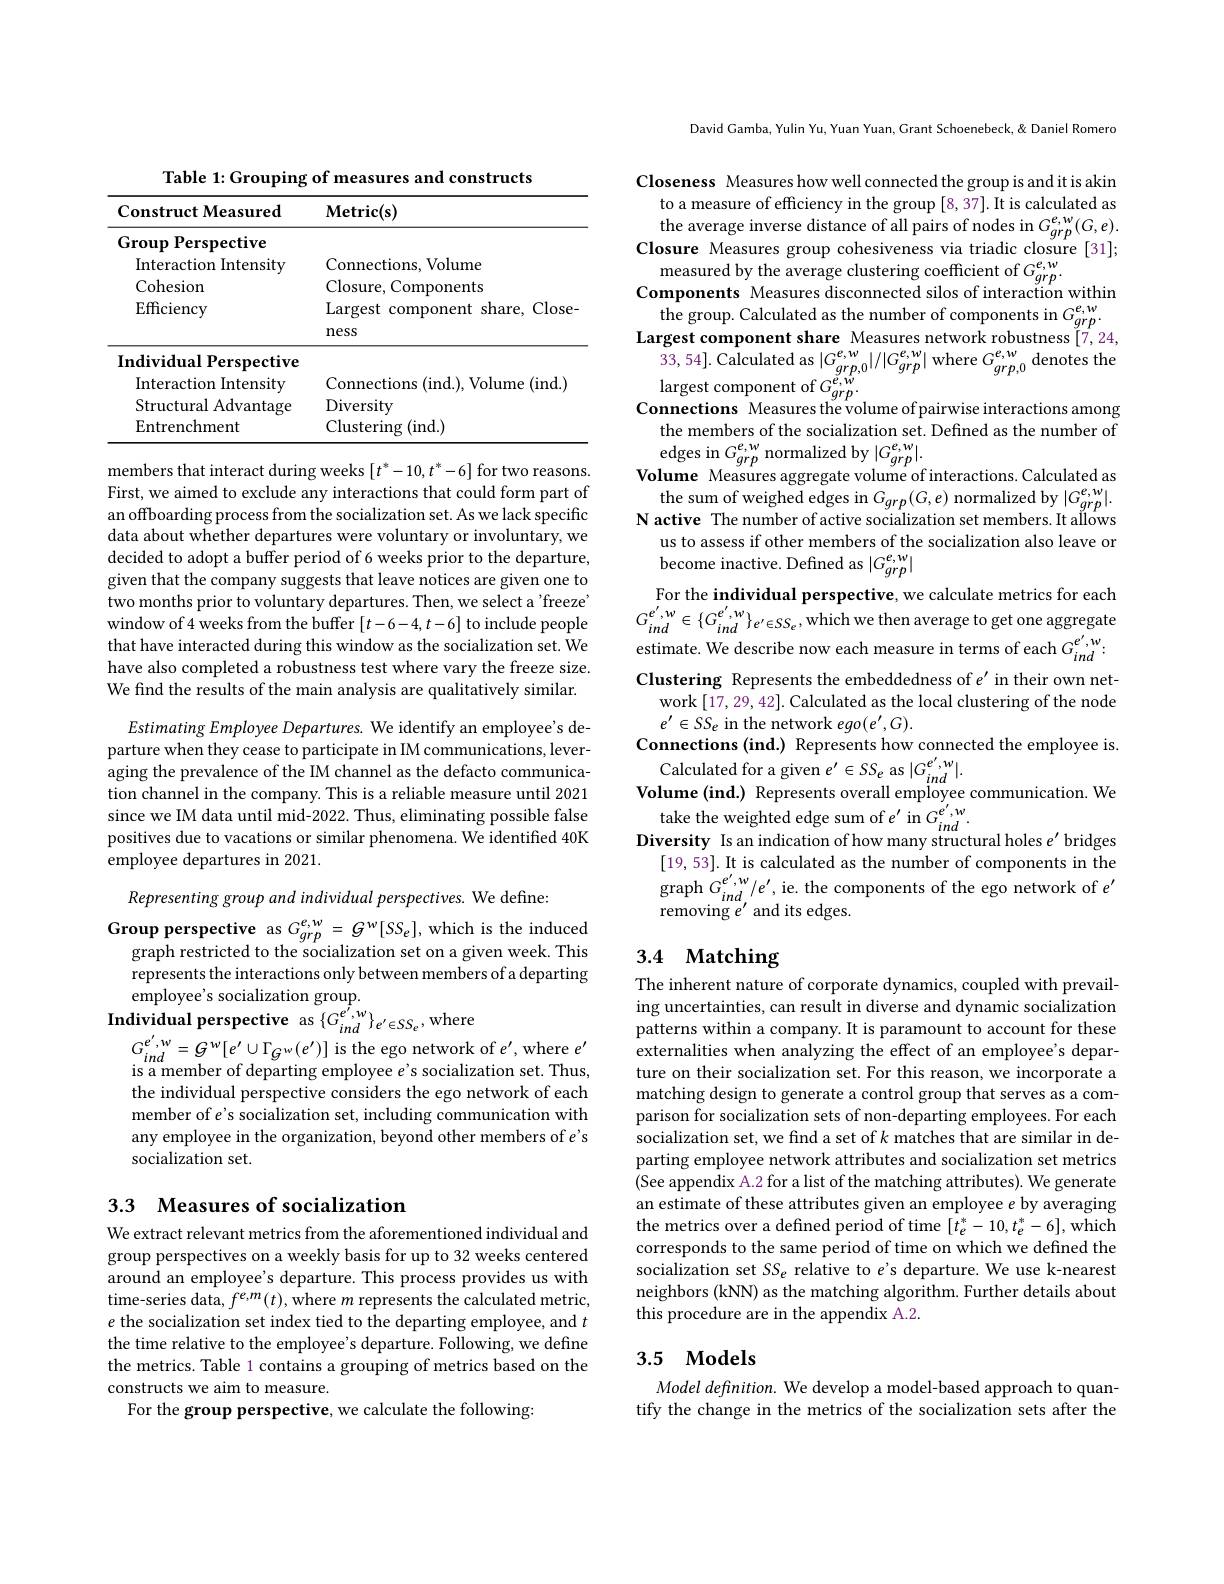
Table 1: Grouping of measures and constructs
<table>
	<tbody>
		<tr>
			<th>Construct Measured</th>
			<th>$\mathbf{Metric(s)}$</th>
		</tr>
		<tr>
			<td>Group Perspective 1</td>
			<td> </td>
		</tr>
		<tr>
			<td>Interaction Intensity</td>
			<td>Connections, Volume</td>
		</tr>
		<tr>
			<td>Cohesion</td>
			<td>Closure, $C$ Components</td>
		</tr>
		<tr>
			<td>$\operatorname{Efficiency}$</td>
			<td>Largest component share, Close ness</td>
		</tr>
		<tr>
			<td>Individual Perspective</td>
			<td> </td>
		</tr>
		<tr>
			<td>Interaction Intensity</td>
			<td>Connections (ind.), Volume (ind.)</td>
		</tr>
		<tr>
			<td>Structural Advantage</td>
			<td>Diversity</td>
		</tr>
		<tr>
			<td>Entrenchment</td>
			<td>Clustering ( ind. ) </td>
		</tr>
	</tbody>
</table>

members that interact during weeks $[t^*-10,t^*-6]$ for two reasons. First, we aimed to exclude any interactions that could form part of an offboarding process from the socialization set. As we lack specific data about whether departures were voluntary or involuntary, we decided to adopt a buffer period of 6 weeks prior to the departure, given that the company suggests that leave notices are given one to two months prior to voluntary departures. Then, we select a 'freeze' window of4 weeks from the buffer $[t-6-4,t-6]$ to include people that have interacted during this window as the socialization set. We have also completed a robustness test where vary the freeze size. We find the results of the main analysis are qualitatively similar.

EstimatingEmployee Departures. We identify an employee's departure when they cease to participate in IM communications, leveraging the prevalence of the IM channel as the defacto communication channel in the company. This is a reliable measure until 2021 since we IM data until mid-2022. Thus, eliminating possible false positives due to vacations or similar phenomena. We identified 40K employee departures in 2021.

Representing group and individual perspectives. We define:

Group perspective as $G_{grp}^{e,w}=G^{w}[SS_{e}]$,which is the induced
graph restricted to the socialization set on a given week. This represents the interactions only between members of a departing employee's socialization group.
Individual perspective as $\{G_{ind}^{e^{\prime},w}\}_{e^{\prime}\in SS_{e}}$,where

$G_{ind}^{e^{\prime},w}=G^{w}[e^{\prime}\cup\Gamma_{G^{w}}(e^{\prime})]$ is the ego network of $e^\prime$,where $e^\prime$ is a member of departing employee $e^{\prime}$s socialization set. Thus, the individual perspective considers the ego network of each member of $e^{\prime}$s socialization set, including communication with any employee in the organization, beyond other members of $e^{\prime}$s socialization set.

## 3.3 Measures of socialization

We extract relevant metrics from the aforementioned individual and group perspectives on a weekly basis for up to 32 weeks centered around an employee's departure. This process provides us with time-series data, $f^{e,m}(t)$,where $m$ represents the calculated metric, $e$ the socialization set index tied to the departing employee, and $t$ the time relative to the employee's departure. Following, we define the metrics. Table 1 contains a grouping of metrics based on the constructs we aim to measure.
For the group perspective, we calculate the following:

David Gamba, Yulin Yu, Yuan Yuan, Grant Schoenebeck, & Daniel Romera

Closeness Measures how well connected the group is and it is akin
to a measure of efficiency in the group [8,37]. It is calculated as the average inverse distance of all pairs of nodes in $G_{grp}^{e,w}(G,e).$Closure Measures group cohesiveness via triadic closure [31]; $\begin{array}{c}\text{measured by the average clustering coefficient of }G_{grp}^{e,w}.\\\textbf{Components Measures disconnected silos of interaction within}\end{array}$ the group. Calculated as the number of components in $G_{grp}^{e,w}.$Largest component share Measures network robustness [7,24,33,54]. Calculated as $|G_{grp,0}^{e,w}|/|G_{grp}^{e,w}|$ where $G_{grp,0}^{e,w}$ denotes the largest component of $G_{grp}^{e,}$
the members of the socialization set. Defined as the number of
edges in $G_{grp}^{e,w}$ normalized by $|G_{grp}^{e,w}|.$
Volume Measures aggregate volume of interactions. Calculated as
the sum of weighed edges in $G_{grp}(G,e)$ normalized by $|G_{grp}^{e,w}|.$ N active The number of active socialization set members. It allows
us to assess if other members of the socialization also leave or
become inactive. Defined as $|G_grp^{e,w}|$
For the individual perspective, we calculate metrics for each $G_{ind}^{e^{\prime,w}\in\{G_{ind}^{e^{\prime},w}\}_{e^{\prime}\in SS_{e}},\mathrm{which~we~then~average~to~get~one~aggregate}}$ estimate. We describe now each measure in terms of each $G_ind^{e^{\prime},w}$ Clustering Represents the embeddedness of $e^{\prime}$ in their own net-
work [17,29,42]. Calculated as the local clustering of the node
$e^{\prime}\in SS_{e}$ in the network $ego(e^{\prime},G).$
Connections (ind.) Represents how connected the employee is
$Calculatedforagiven~e^{\prime}\in SS_{e}$ as$|G_ind^{e^{\prime},w}|.$
Volume (ind.) Represents overall employee communication. We $\begin{array}{c}\text{take the weighted edge sum of }e^{\prime}\mathrm{~in~}G_{ind}^{e^{\prime},w}.\\\textbf{Diversity Is an indication of how many structural holes }e^{\prime}\mathrm{~bridges}\end{array}$
[19,53]. It is calculated as the number of components in the graph $G_{ind}^{e^{\prime , w}}/ e^{\prime }$,ie. the components of the ego network of $e^{\prime }$ removing $e^{\prime }$ and its edges.
3.4 Matching

The inherent nature of corporate dynamics, coupled with prevailing uncertainties, can result in diverse and dynamic socialization patterns within a company. It is paramount to account for these externalities when analyzing the effect of an employee's departure on their socialization set. For this reason, we incorporate a matching design to generate a control group that serves as a comparison for socialization sets of non-departing employees. For each socialization set, we find a set of $k$ matches that are similar in departing employee network attributes and socialization set metrics (See appendix A.2 for a list of the matching attributes).We generate an estimate of these attributes given an employee $e$ by averaging the metrics over a defined period of time $[t_e^*-10,t_e^*-6]$,which corresponds to the same period of time on which we defined the socialization set SS e relative to e's departure. We use k-nearest neighbors (kNN) as the matching algorithm. Further details about this procedure are in the appendix A.2.

## 3.5 Models

Model defnition. We develop a model-based approach to quantify the change in the metrics of the socialization sets after the